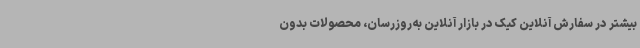
بیشتر در سفارش آنلاین کیک در بازار آنلاین به‌روزرسان، محصولات بدون